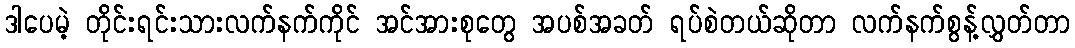
ဒါပေမဲ့ တိုင်းရင်းသားလက်နက်ကိုင် အင်အားစုတွေ အပစ်အခတ် ရပ်စဲတယ်ဆိုတာ လက်နက်စွန့်လွှတ်တာ